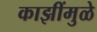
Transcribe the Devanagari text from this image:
काझींमुळे